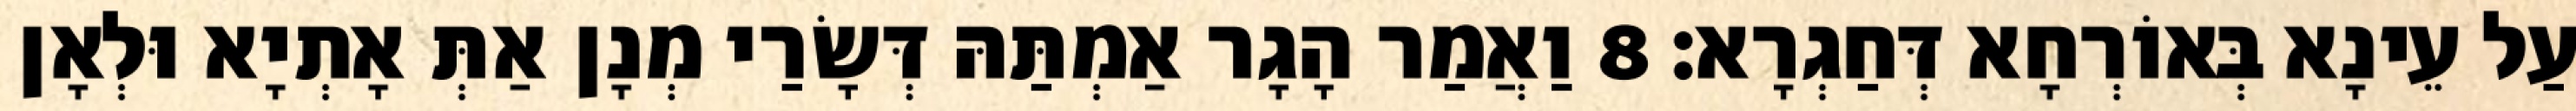
עַל עֵינָא בְּאוֹרְחָא דְּחַגְרָא׃ 8 וַאֲמַר הָגָר אַמְתַּהּ דְּשָׂרַי מְנָן אַתְּ אָתְיָא וּלְאָן